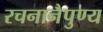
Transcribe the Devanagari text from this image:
रचनानैपुण्य